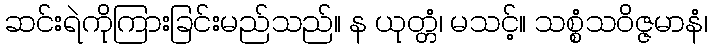
ဆင်းရဲကိုကြားခြင်းမည်သည်။ န ယုတ္တံ၊ မသင့်။ သစ္စံသဝိဇ္ဇမာနံ၊